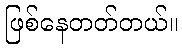
ဖြစ်နေတတ်တယ်။